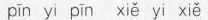
pīn yi pīn xiě yi xiě